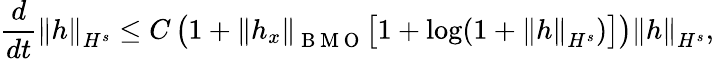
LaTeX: \frac{d}{dt}\left\| h\right\| _{H^{s}}\leq C\left(1+\left\| h_{x}\right\| _{\mathrm{~B~M~O~}}\big[1+\displaystyle\log(1+\left\| h\right\| _{H^{s}})\big]\right)\left\| h\right\| _{H^{s}},